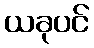
ယခုပင်